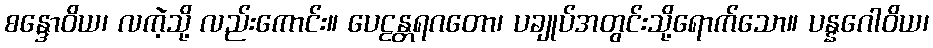
စန္ဒောဝိယ၊ လကဲ့သို့ လည်းကောင်း။ ပေဠန္တရဂတော၊ ပချုပ်အတွင်းသို့ရောက်သော။ ပန္နဂေါဝိယ၊